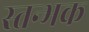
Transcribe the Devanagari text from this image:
स्तन्भक